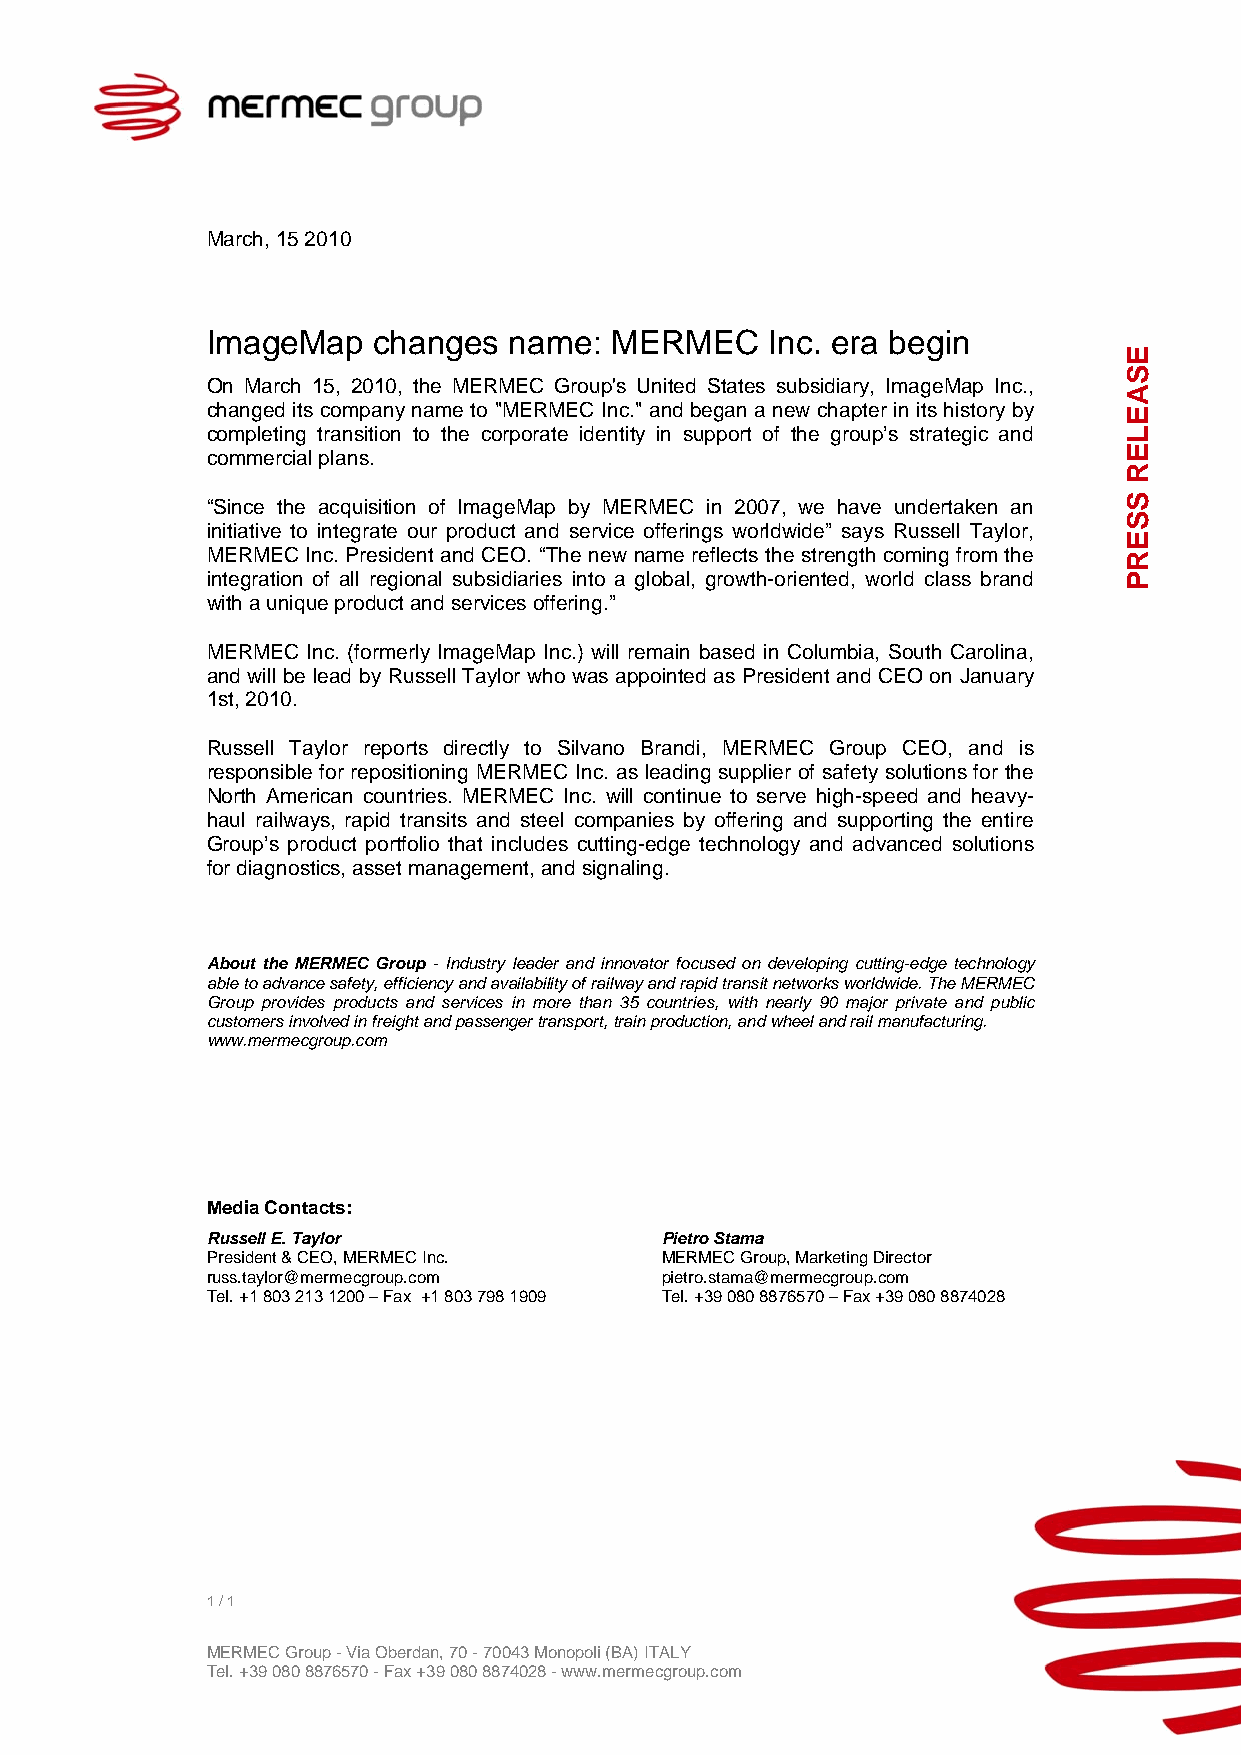
March, 15 2010
 ImageMap   changes  name: MERMEC     Inc. era begin
 On March 15, 2010, the MERMEC Group's United States subsidiary, ImageMap Inc.,
 changed its company name to "MERMEC Inc." and began a new chapter in its history by
 completing transition to the corporate identity in support of the group’s strategic and
 commercial plans.
 “Since the acquisition of ImageMap by MERMEC in 2007, we have undertaken an
 initiative to integrate our product and service offerings worldwide” says Russell Taylor,
 MERMEC Inc. President and CEO. “The new name reflects the strength coming from the
 integration of all regional subsidiaries into a global, growth-oriented, world class brand
 with a unique product and services offering.”
 MERMEC Inc. (formerly ImageMap Inc.) will remain based in Columbia, South Carolina,
 and will be lead by Russell Taylor who was appointed as President and CEO on January
 1st, 2010.
 Russell Taylor reports directly to Silvano Brandi, MERMEC Group CEO, and is
 responsible for repositioning MERMEC Inc. as leading supplier of safety solutions for the
 North American countries. MERMEC Inc. will continue to serve high-speed and heavy-
 haul railways, rapid transits and steel companies by offering and supporting the entire
 Group’s product portfolio that includes cutting-edge technology and advanced solutions
 for diagnostics, asset management, and signaling.
 About the MERMEC Group - Industry leader and innovator focused on developing cutting-edge technology
 able to advance safety, efficiency and availability of railway and rapid transit networks worldwide. The MERMEC
 Group provides products and services in more than 35 countries, with nearly 90 major private and public
 customers involved in freight and passenger transport, train production, and wheel and rail manufacturing.
 www.mermecgroup.com
 Media Contacts:
 Russell E. Taylor             Pietro Stama
 President & CEO, MERMEC Inc.  MERMEC Group, Marketing Director
 russ.taylor@mermecgroup.com   pietro.stama@mermecgroup.com
 Tel. +1 803 213 1200 – Fax +1 803 798 1909 Tel. +39 080 8876570 – Fax +39 080 8874028
 1 / 1
 MERMEC Group - Via Oberdan, 70 - 70043 Monopoli (BA) ITALY
 Tel. +39 080 8876570 - Fax +39 080 8874028 - www.mermecgroup.com
 ESAELER
 SSERP